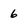
Character: 6